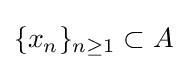
\{x_{n}\}_{n\geq 1}\subset A